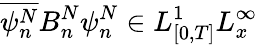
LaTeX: \overline{{\psi_{n}^{N}}}B_{n}^{N}\psi_{n}^{N}\in L_{[0,T]}^{1}L_{x}^{\infty}